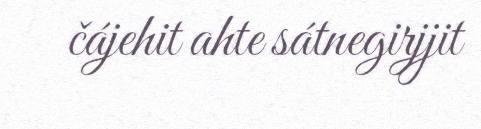
čájehit ahte sátnegirjjit